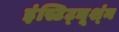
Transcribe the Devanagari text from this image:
इंस्टिट्ञूश्ंन